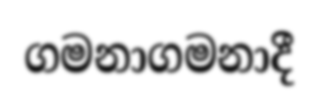
ගමනාගමනාදී